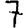
Digit: 7